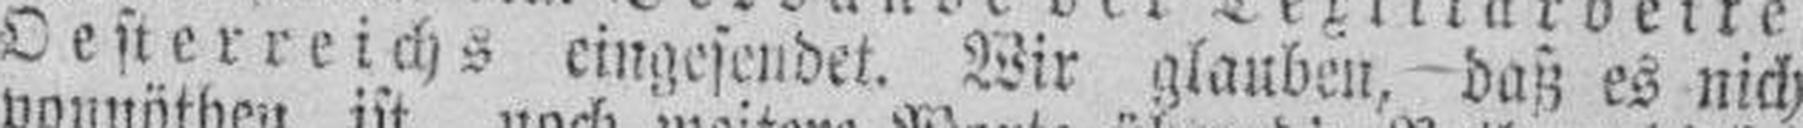
Oesterreichs eingesendet. Wir glauben, daß es nicht